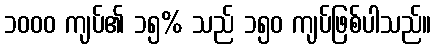
၁၀၀၀ ကျပ်၏ ၁၅% သည် ၁၅၀ ကျပ်ဖြစ်ပါသည်။